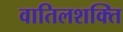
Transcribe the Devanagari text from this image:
वातिलशक्ति